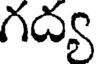
గద్య